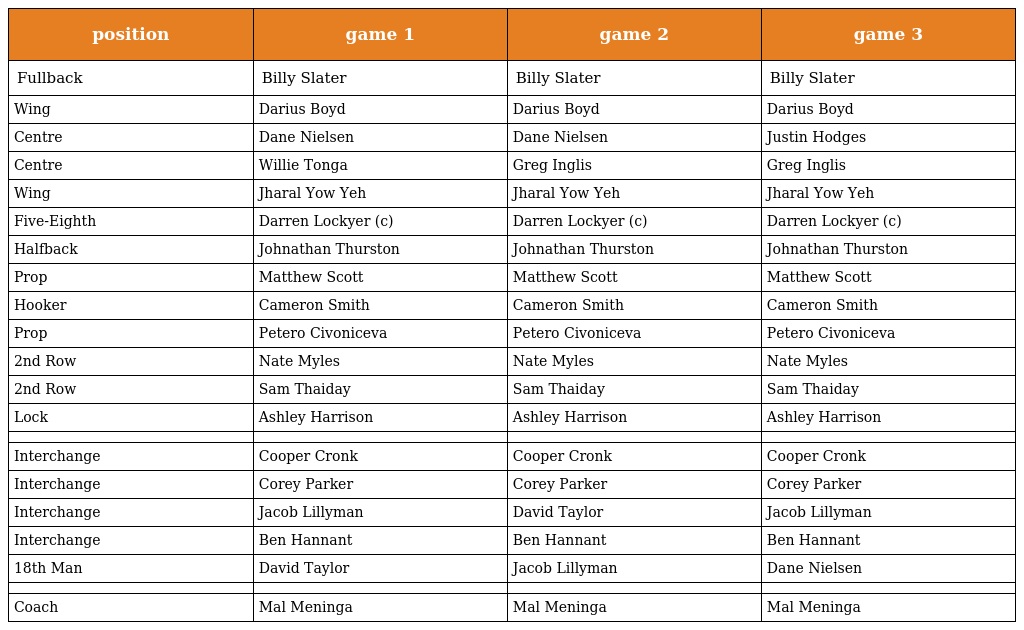
| position | game 1 | game 2 | game 3 |
 | --- | --- | --- | --- |
 | Fullback | Billy Slater | Billy Slater | Billy Slater |
 | Wing | Darius Boyd | Darius Boyd | Darius Boyd |
 | Centre | Dane Nielsen | Dane Nielsen | Justin Hodges |
 | Centre | Willie Tonga | Greg Inglis | Greg Inglis |
 | Wing | Jharal Yow Yeh | Jharal Yow Yeh | Jharal Yow Yeh |
 | Five-Eighth | Darren Lockyer (c) | Darren Lockyer (c) | Darren Lockyer (c) |
 | Halfback | Johnathan Thurston | Johnathan Thurston | Johnathan Thurston |
 | Prop | Matthew Scott | Matthew Scott | Matthew Scott |
 | Hooker | Cameron Smith | Cameron Smith | Cameron Smith |
 | Prop | Petero Civoniceva | Petero Civoniceva | Petero Civoniceva |
 | 2nd Row | Nate Myles | Nate Myles | Nate Myles |
 | 2nd Row | Sam Thaiday | Sam Thaiday | Sam Thaiday |
 | Lock | Ashley Harrison | Ashley Harrison | Ashley Harrison |
 |  |  |  |  |
 | Interchange | Cooper Cronk | Cooper Cronk | Cooper Cronk |
 | Interchange | Corey Parker | Corey Parker | Corey Parker |
 | Interchange | Jacob Lillyman | David Taylor | Jacob Lillyman |
 | Interchange | Ben Hannant | Ben Hannant | Ben Hannant |
 | 18th Man | David Taylor | Jacob Lillyman | Dane Nielsen |
 |  |  |  |  |
 | Coach | Mal Meninga | Mal Meninga | Mal Meninga |